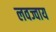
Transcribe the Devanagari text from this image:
लवज्वाय